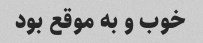
خوب و به موقع بود